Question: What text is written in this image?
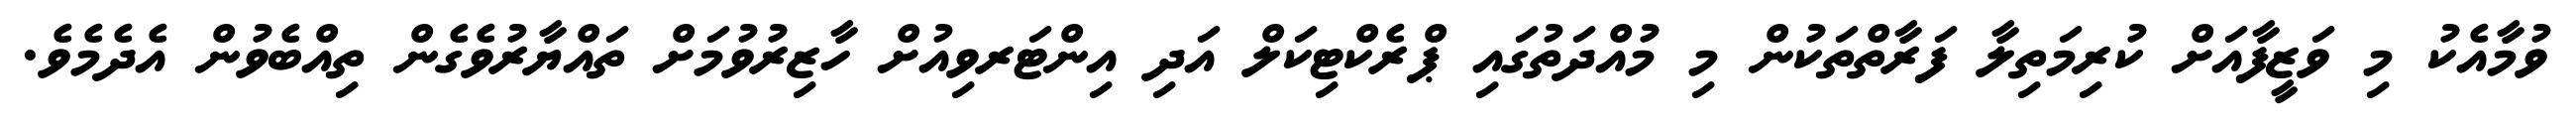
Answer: ވުމާއެކު މި ވަޒީފާއަށް ކުރިމަތިލާ ފަރާތްތަކުން މި މުއްދަތުގައި ޕްރެކްޓިކަލް އަދި އިންޓަރވިއުށް ހާޒިރުވުމަށް ތައްޔާރުވެގެން ތިއްބެވުން އެދެމެވެ.